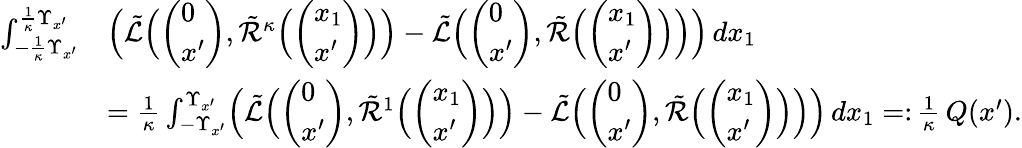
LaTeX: \begin{array}{rl}{\int_{-\frac 1\kappa\Upsilon_{x^{\prime}}}^{\frac 1\kappa\Upsilon_{x^{\prime}}}}&{\Bigl(\tilde{\mathcal L}\Bigl(\left(\begin{array}{l}{0}\\ {x^{\prime}}\end{array}\right),\tilde{\mathcal R}^{\kappa}\Bigl(\left(\begin{array}{l}{x_{1}}\\ {x^{\prime}}\end{array}\right)\Bigr)\Bigr)-\tilde{\mathcal L}\Bigl(\left(\begin{array}{l}{0}\\ {x^{\prime}}\end{array}\right),\tilde{\mathcal R}\Bigl(\left(\begin{array}{l}{x_{1}}\\ {x^{\prime}}\end{array}\right)\Bigr)\Bigr)\Bigr)\, dx_{1}}\\ &{=\frac 1\kappa\int_{-\Upsilon_{x^{\prime}}}^{\Upsilon_{x^{\prime}}}\Bigl(\tilde{\mathcal L}\Bigl(\left(\begin{array}{l}{0}\\ {x^{\prime}}\end{array}\right),\tilde{\mathcal R}^{1}\Bigl(\left(\begin{array}{l}{x_{1}}\\ {x^{\prime}}\end{array}\right)\Bigr)\Bigr)-\tilde{\mathcal L}\Bigl(\left(\begin{array}{l}{0}\\ {x^{\prime}}\end{array}\right),\tilde{\mathcal R}\Bigl(\left(\begin{array}{l}{x_{1}}\\ {x^{\prime}}\end{array}\right)\Bigr)\Bigr)\Bigr)\, dx_{1}=\colon\frac 1\kappa\, Q(x^{\prime}).}\end{array}